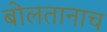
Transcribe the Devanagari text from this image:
बोलतानाच